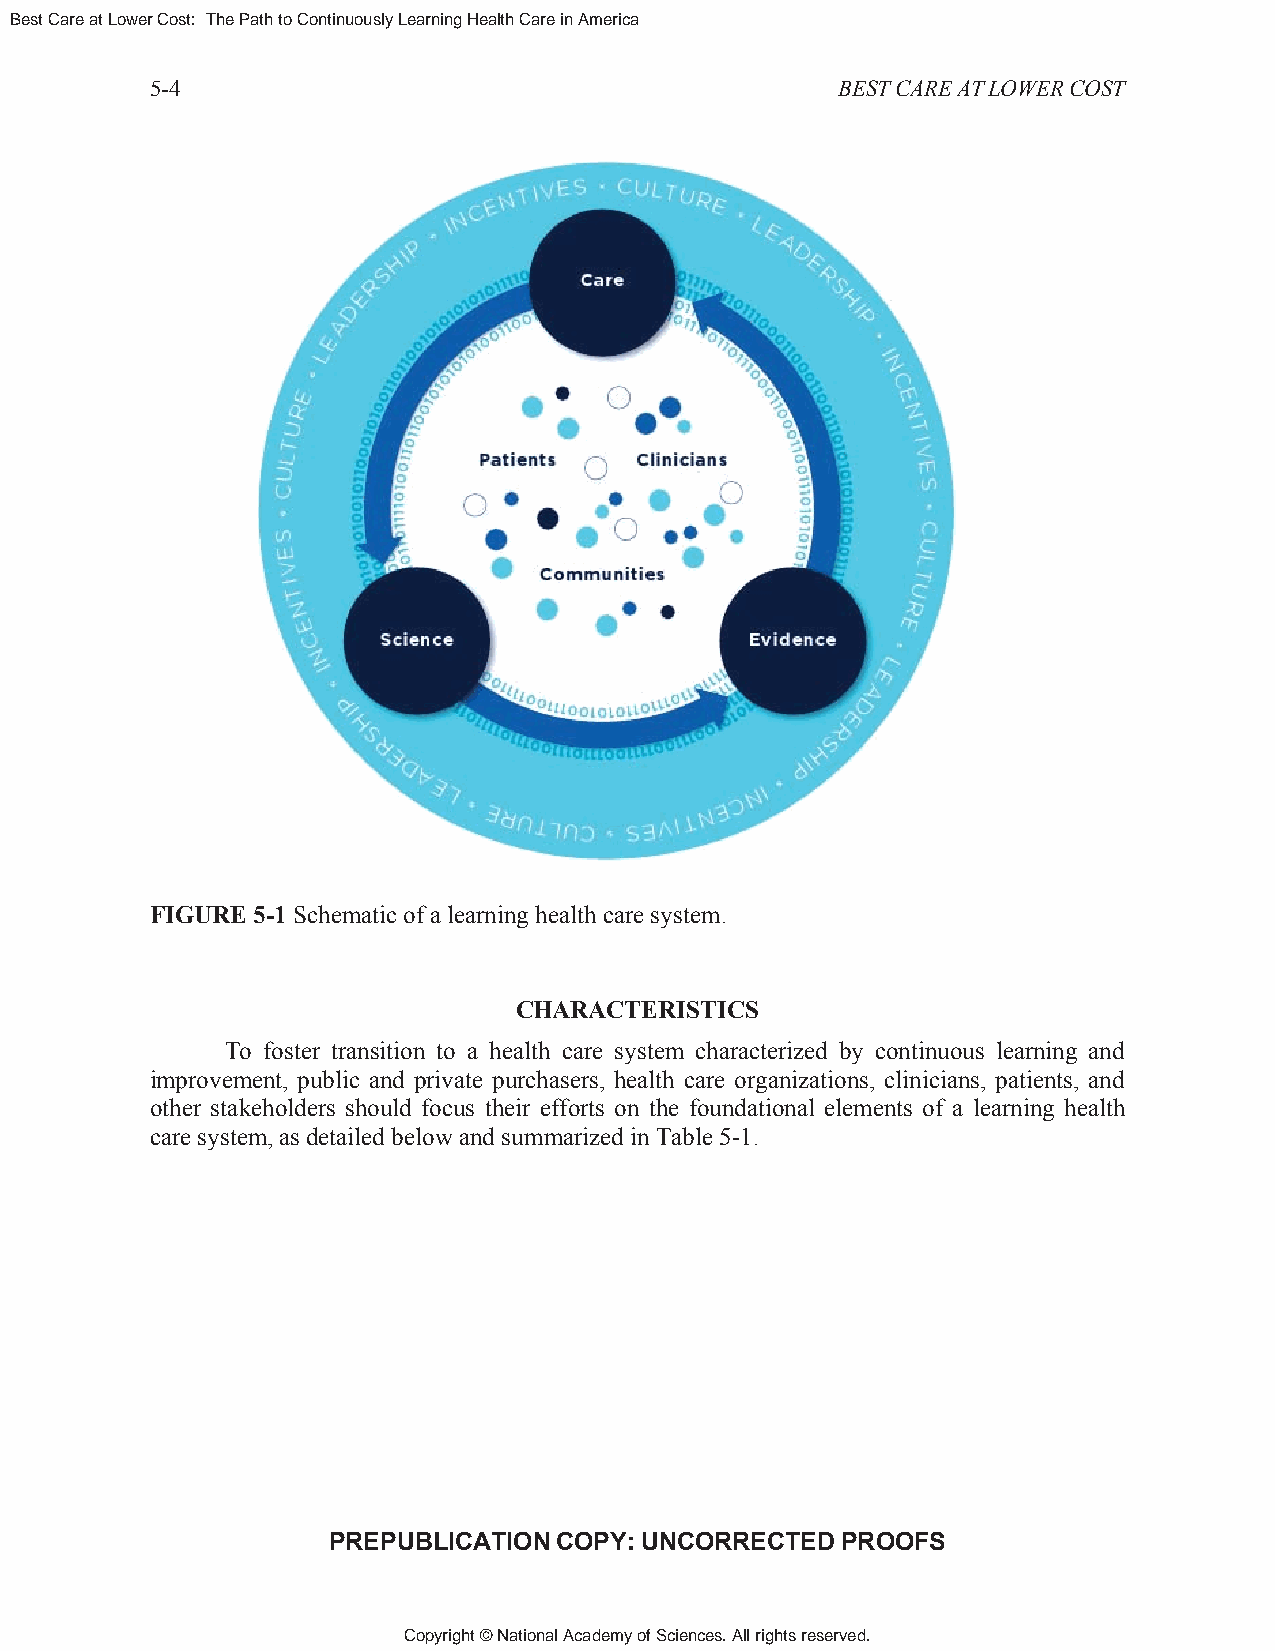
Best Care at Lower Cost: The Path to Continuously Learning Health Care in America
 5-4                                          BEST CARE AT LOWER COST
 FIGURE 5-1 Schematic of a learning health care system.
 CHARACTERISTICS
 To foster transition to a health care system characterized by continuous learning and
 improvement, public and private purchasers, health care organizations, clinicians, patients, and
 other stakeholders should focus their efforts on the foundational elements of a learning health
 care system, as detailed below and summarized in Table 5-1.
 PREPUBLICATION COPY: UNCORRECTED  PROOFS
 Copyright © National Academy of Sciences. All rights reserved.